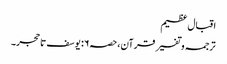
اقبال عظیم
ترجمہ و تفسیر قرآن،حصہ۶: یوسف تا حجر۔